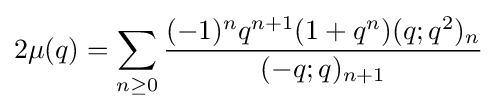
2\mu (q)=\sum _{n\geq 0}{\frac {(-1)^{n}q^{n+1}(1+q^{n})(q;q^{2})_{n}}{(-q;q)_{n+1}}}